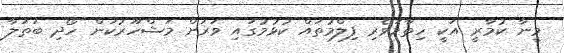
މީނާ ކުމާރީ އަކީ ހިތާމަވެރި ފިލްމުތައް ކުޅުމުގައި ވަރަށް މަޝްހޫރުކަން ހޯދި ބަތަލާ